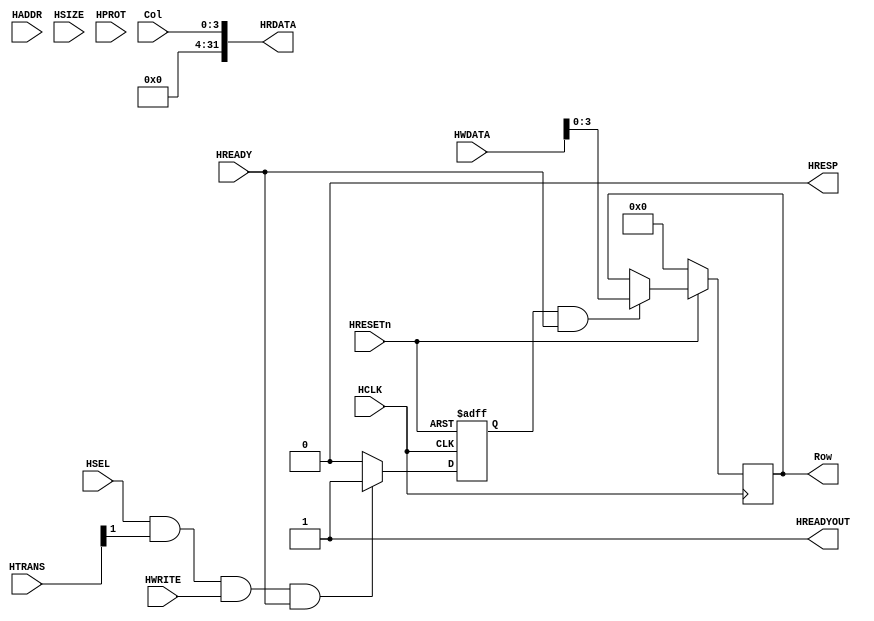
module AHBlite_Matrix_Key(
    input  wire          HCLK,    
    input  wire          HRESETn, 
    input  wire          HSEL,    
    input  wire   [31:0] HADDR,   
    input  wire    [1:0] HTRANS,  
    input  wire    [2:0] HSIZE,   
    input  wire    [3:0] HPROT,   
    input  wire          HWRITE,  
    input  wire   [31:0] HWDATA,  
    input  wire          HREADY,  
    output wire          HREADYOUT, 
    output wire   [31:0] HRDATA,  
    output wire          HRESP,
	output reg    [3:0]  Row,      // 
	input  wire   [3:0]  Col	   // 
);

assign HRESP = 1'b0;
assign HREADYOUT = 1'b1;

wire write_en;
assign write_en=HSEL&HTRANS[1]&(HWRITE)&HREADY;


reg wr_en_reg;
always@(posedge HCLK or negedge HRESETn) begin
  if(~HRESETn) wr_en_reg <= 1'b0;
  else if(write_en) wr_en_reg <= 1'b1;
  else wr_en_reg <= 1'b0;
end

always@(posedge HCLK) begin
    if(~HRESETn) begin
		Row <= 4'd0;
    end else if(wr_en_reg && HREADY) begin
        Row <= HWDATA[3:0];
    end
end

assign HRDATA = {28'b0,Col};

endmodule